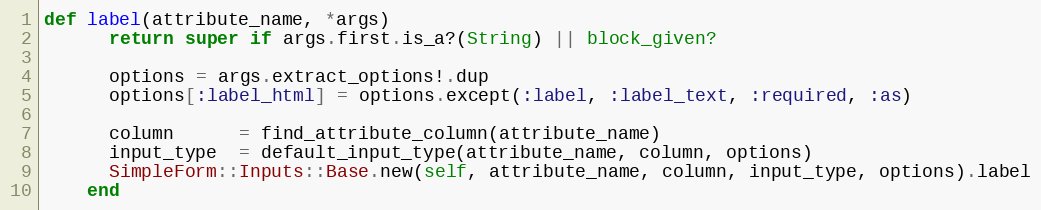
Language: Ruby
def label(attribute_name, *args)
      return super if args.first.is_a?(String) || block_given?

      options = args.extract_options!.dup
      options[:label_html] = options.except(:label, :label_text, :required, :as)

      column      = find_attribute_column(attribute_name)
      input_type  = default_input_type(attribute_name, column, options)
      SimpleForm::Inputs::Base.new(self, attribute_name, column, input_type, options).label
    end